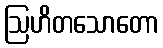
ဩဟိတသောတော